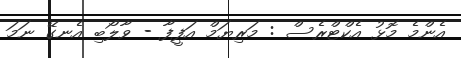
އެންމެ މޮޅު އެކްޓްރެސް : މަރިޔަމް އަފީފާ - ވާލޯބި އެނގޭ ނަމަ